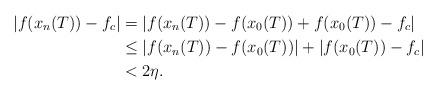
LaTeX: \begin{align*}|f(x_n(T)) - f_c| &= |f(x_n(T)) - f(x_0(T)) + f(x_0(T)) - f_c| \\&\leq |f(x_n(T)) - f(x_0(T))| + |f(x_0(T)) - f_c| \\&< 2 \eta.\end{align*}